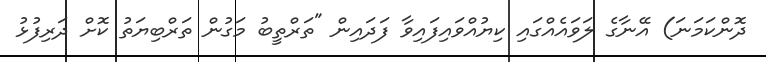
ދޮންކަމަނަ) އޭނާގެ ލަވައެއްގައި ކިޔުއްވައިފައިވާ ފަދައިން "ތަރްތީބު މަގުން ތަރްބިޔަތު ކޮށް ދަރިފުޅު